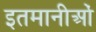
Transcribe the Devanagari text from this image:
इतमानीओं